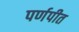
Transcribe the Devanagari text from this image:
पर्णपीत